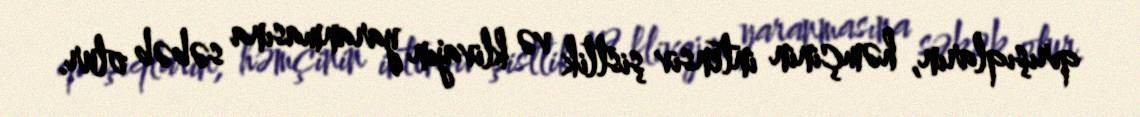
qırışıqların, həmçinin intensiv şistlik və klivajın yaranmasına səbəb olur.